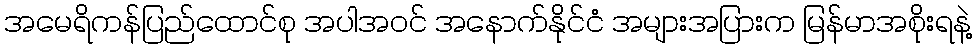
အမေရိကန်ပြည်ထောင်စု အပါအဝင် အနောက်နိုင်ငံ အများအပြားက မြန်မာအစိုးရနဲ့